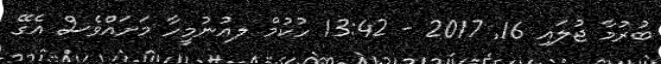
ބުރުމާ ޖުލައި 16